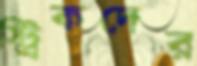
স্ট্রিকদের